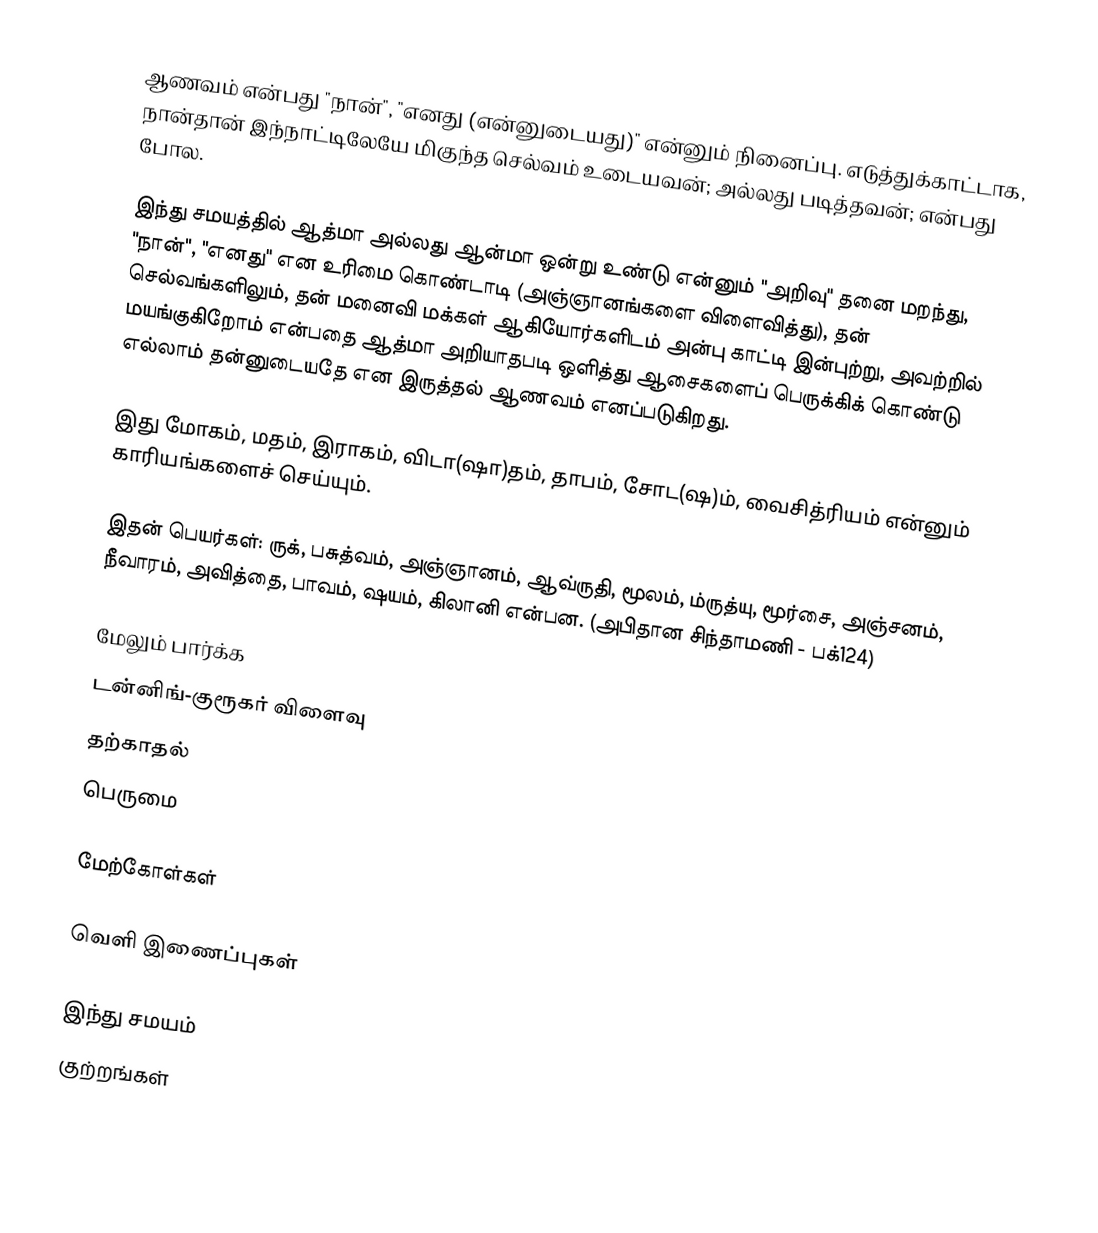
ஆணவம் என்பது "நான்", "எனது (என்னுடையது)" என்னும் நினைப்பு. எடுத்துக்காட்டாக, நான்தான் இந்நாட்டிலேயே மிகுந்த செல்வம் உடையவன்; அல்லது படித்தவன்; என்பது போல.

இந்து சமயத்தில் ஆத்மா அல்லது ஆன்மா ஒன்று உண்டு என்னும் "அறிவு" தனை மறந்து, "நான்", "எனது" என உரிமை கொண்டாடி (அஞ்ஞானங்களை விளைவித்து), தன் செல்வங்களிலும், தன் மனைவி மக்கள் ஆகியோர்களிடம் அன்பு காட்டி இன்புற்று, அவற்றில் மயங்குகிறோம் என்பதை ஆத்மா அறியாதபடி ஒளித்து ஆசைகளைப் பெருக்கிக் கொண்டு எல்லாம் தன்னுடையதே என இருத்தல் ஆணவம் எனப்படுகிறது.

இது மோகம், மதம், இராகம், விடா(ஷா)தம், தாபம், சோட(ஷ)ம், வைசித்ரியம் என்னும் காரியங்களைச் செய்யும்.

இதன் பெயர்கள்: ருக், பசுத்வம், அஞ்ஞானம், ஆவ்ருதி, மூலம், ம்ருத்யு, மூர்சை, அஞ்சனம், நீவாரம், அவித்தை, பாவம், ஷயம்,  கிலானி என்பன. (அபிதான சிந்தாமணி - பக்124)

மேலும் பார்க்க
டன்னிங்-குரூகர் விளைவு
தற்காதல்
பெருமை

மேற்கோள்கள்

வெளி இணைப்புகள்

இந்து சமயம்
குற்றங்கள்